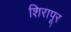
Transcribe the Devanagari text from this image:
शिरापूर